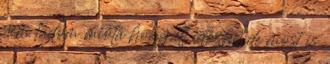
nem tudom mióta hogy itt időzhet de most is